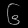
Digit: ၆